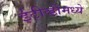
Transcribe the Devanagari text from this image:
ईटीव्हीमध्ये